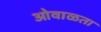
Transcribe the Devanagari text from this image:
ओवाळता